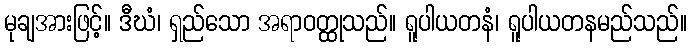
မုချအားဖြင့်။ ဒီဃံ၊ ရှည်သော အရာဝတ္ထုသည်။ ရူပါယတနံ၊ ရူပါယတနမည်သည်။